Document type: Acquittance
Year: 1296
Scribe: Jaume de Malví
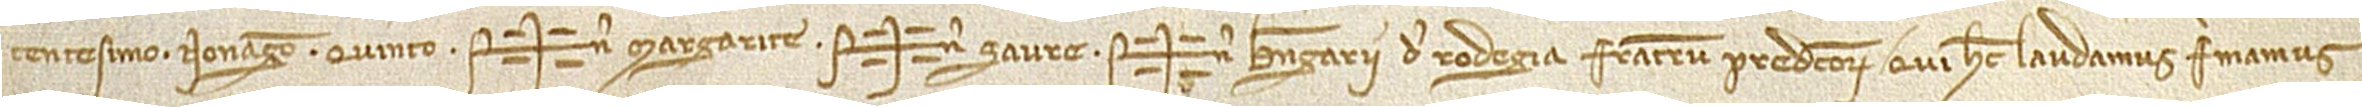
centesimo nonagesimo quinto. Sig+num Margarite, Sig+num Saure, Sig+num Berengarii de Rodegia, fratrum predictorum, qui hec laudamus, firmamus